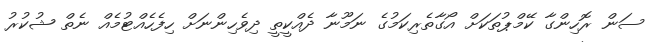
ސަން ރޮހިންގާ ކޭމްޕުތަކަށް އޯގާތެރިކަމުގެ ނަމޫނާ ދެއްކީތީ ދިވެހިންނަށް ހިފެހެއްޓުމެއް ނެތް ޝުކުރު